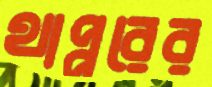
থাপ্পরের